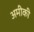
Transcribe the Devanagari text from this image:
अमीकी